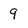
Character: 9